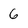
Character: 6